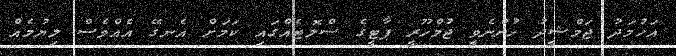
އަހުމަދު ޖަމްޝީދު ހުންނެވީ ޖުމްހޫރީ ޕާޓީގެ ސްލޮޓެއްގައި ކަމަށް އެނގޭ އެއްވެސް ލިޔުމެއް